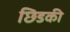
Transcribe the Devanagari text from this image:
छिडकी